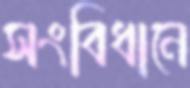
সংবিধানে